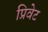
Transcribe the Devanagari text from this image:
प्रिवेट